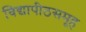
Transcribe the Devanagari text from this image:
विद्यापीठसमूह